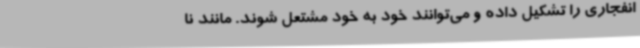
انفجاری را تشکیل داده و می‌توانند خود به خود مشتعل شوند. مانند نا